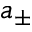
a _ { \pm }